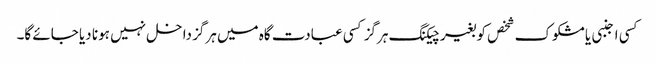
کسی اجنبی یا مشکوک شخص کو بغیر چیکنگ ہرگز کسی عبادت گاہ میں ہرگز داخل نہیں ہونا دیا جائے گا۔